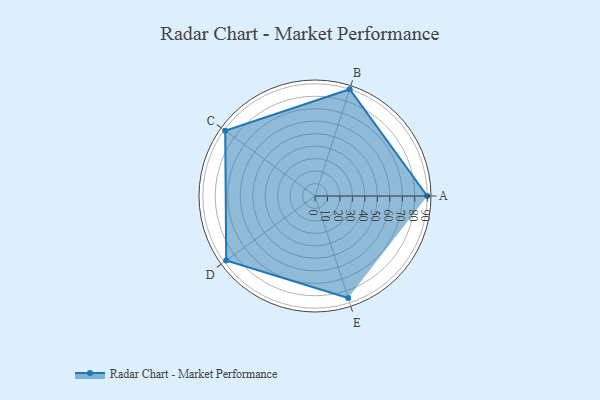
{"axis": {"x": "Skill", "y": "Score"}, "legend": ["Profile"], "data": [{"x": "A", "y": 90.0, "type": "Profile"}, {"x": "B", "y": 90.0, "type": "Profile"}, {"x": "C", "y": 89.0, "type": "Profile"}, {"x": "D", "y": 88.0, "type": "Profile"}, {"x": "E", "y": 86.0, "type": "Profile"}]}